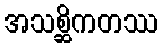
အသစ္ဆိကတဿ